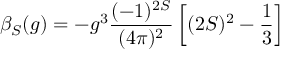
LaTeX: \beta _ { S } ( g ) = - g ^ { 3 } \frac { ( - 1 ) ^ { 2 S } } { ( 4 \pi ) ^ { 2 } } \left[ ( 2 S ) ^ { 2 } - \frac { 1 } { 3 } \right]